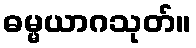
ဓမ္မယာဂသုတ်။